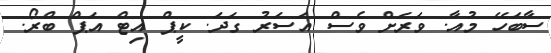
ސާބަހޭ މުއާ. ވަރަށް ވެސް އަސަރު ގަދަ. ކީޕް އިޓް އަޕް ބްރޯ.